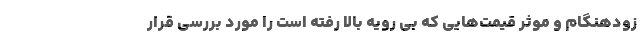
زودهنگام و موثر قیمت‌هایی که بی رویه بالا رفته است را مورد بررسی قرار